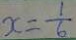
x = \frac { 1 } { 6 }